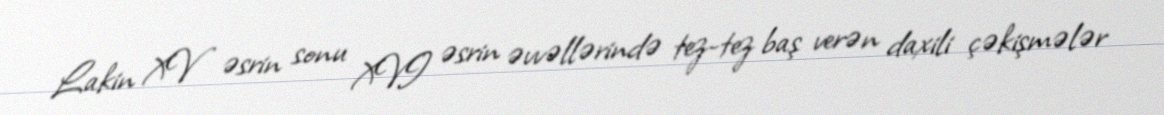
Lakin XV əsrin sonu XVI əsrin əvvəllərində tez-tez baş verən daxili çəkişmələr